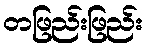
တဖြည်းဖြည်း